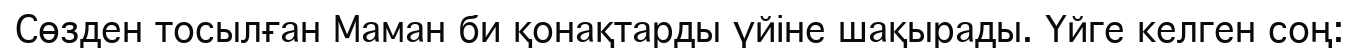
Сөзден тосылған Маман би қонақтарды үйіне шақырады. Үйге келген соң: